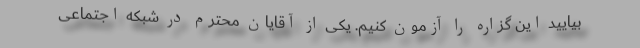
بیایید این گزاره را آزمون کنیم. یکی از آقایان محترم در شبکه اجتماعی